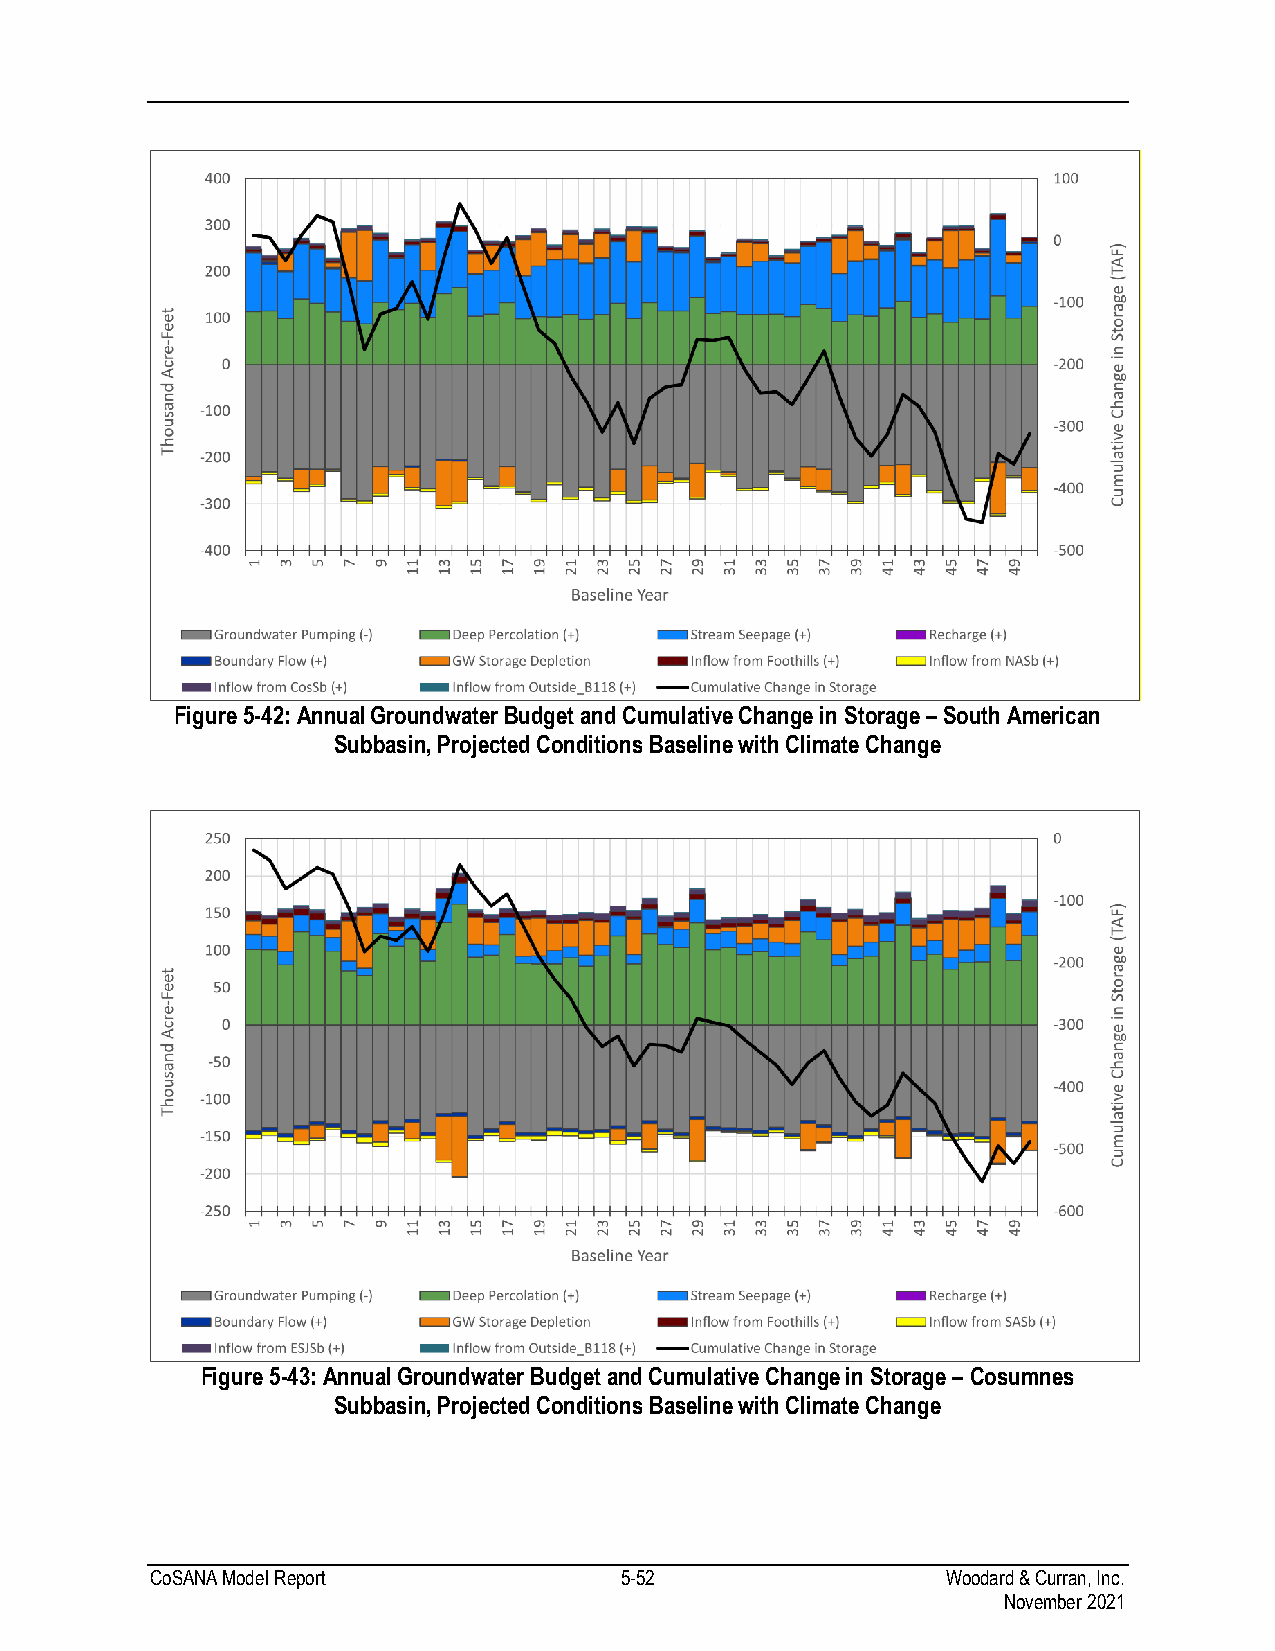
Figure 5-42: Annual Groundwater Budget and Cumulative Change in Storage – South American
 Subbasin, Projected Conditions Baseline with Climate Change
 Figure 5-43: Annual Groundwater Budget and Cumulative Change in Storage – Cosumnes
 Subbasin, Projected Conditions Baseline with Climate Change
 CoSANA Model Report            5-52                  Woodard & Curran, Inc.
 November 2021